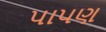
પાપણ